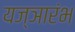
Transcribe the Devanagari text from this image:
यज्ञारंभ